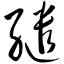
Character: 缱